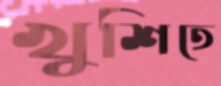
খুশিতে